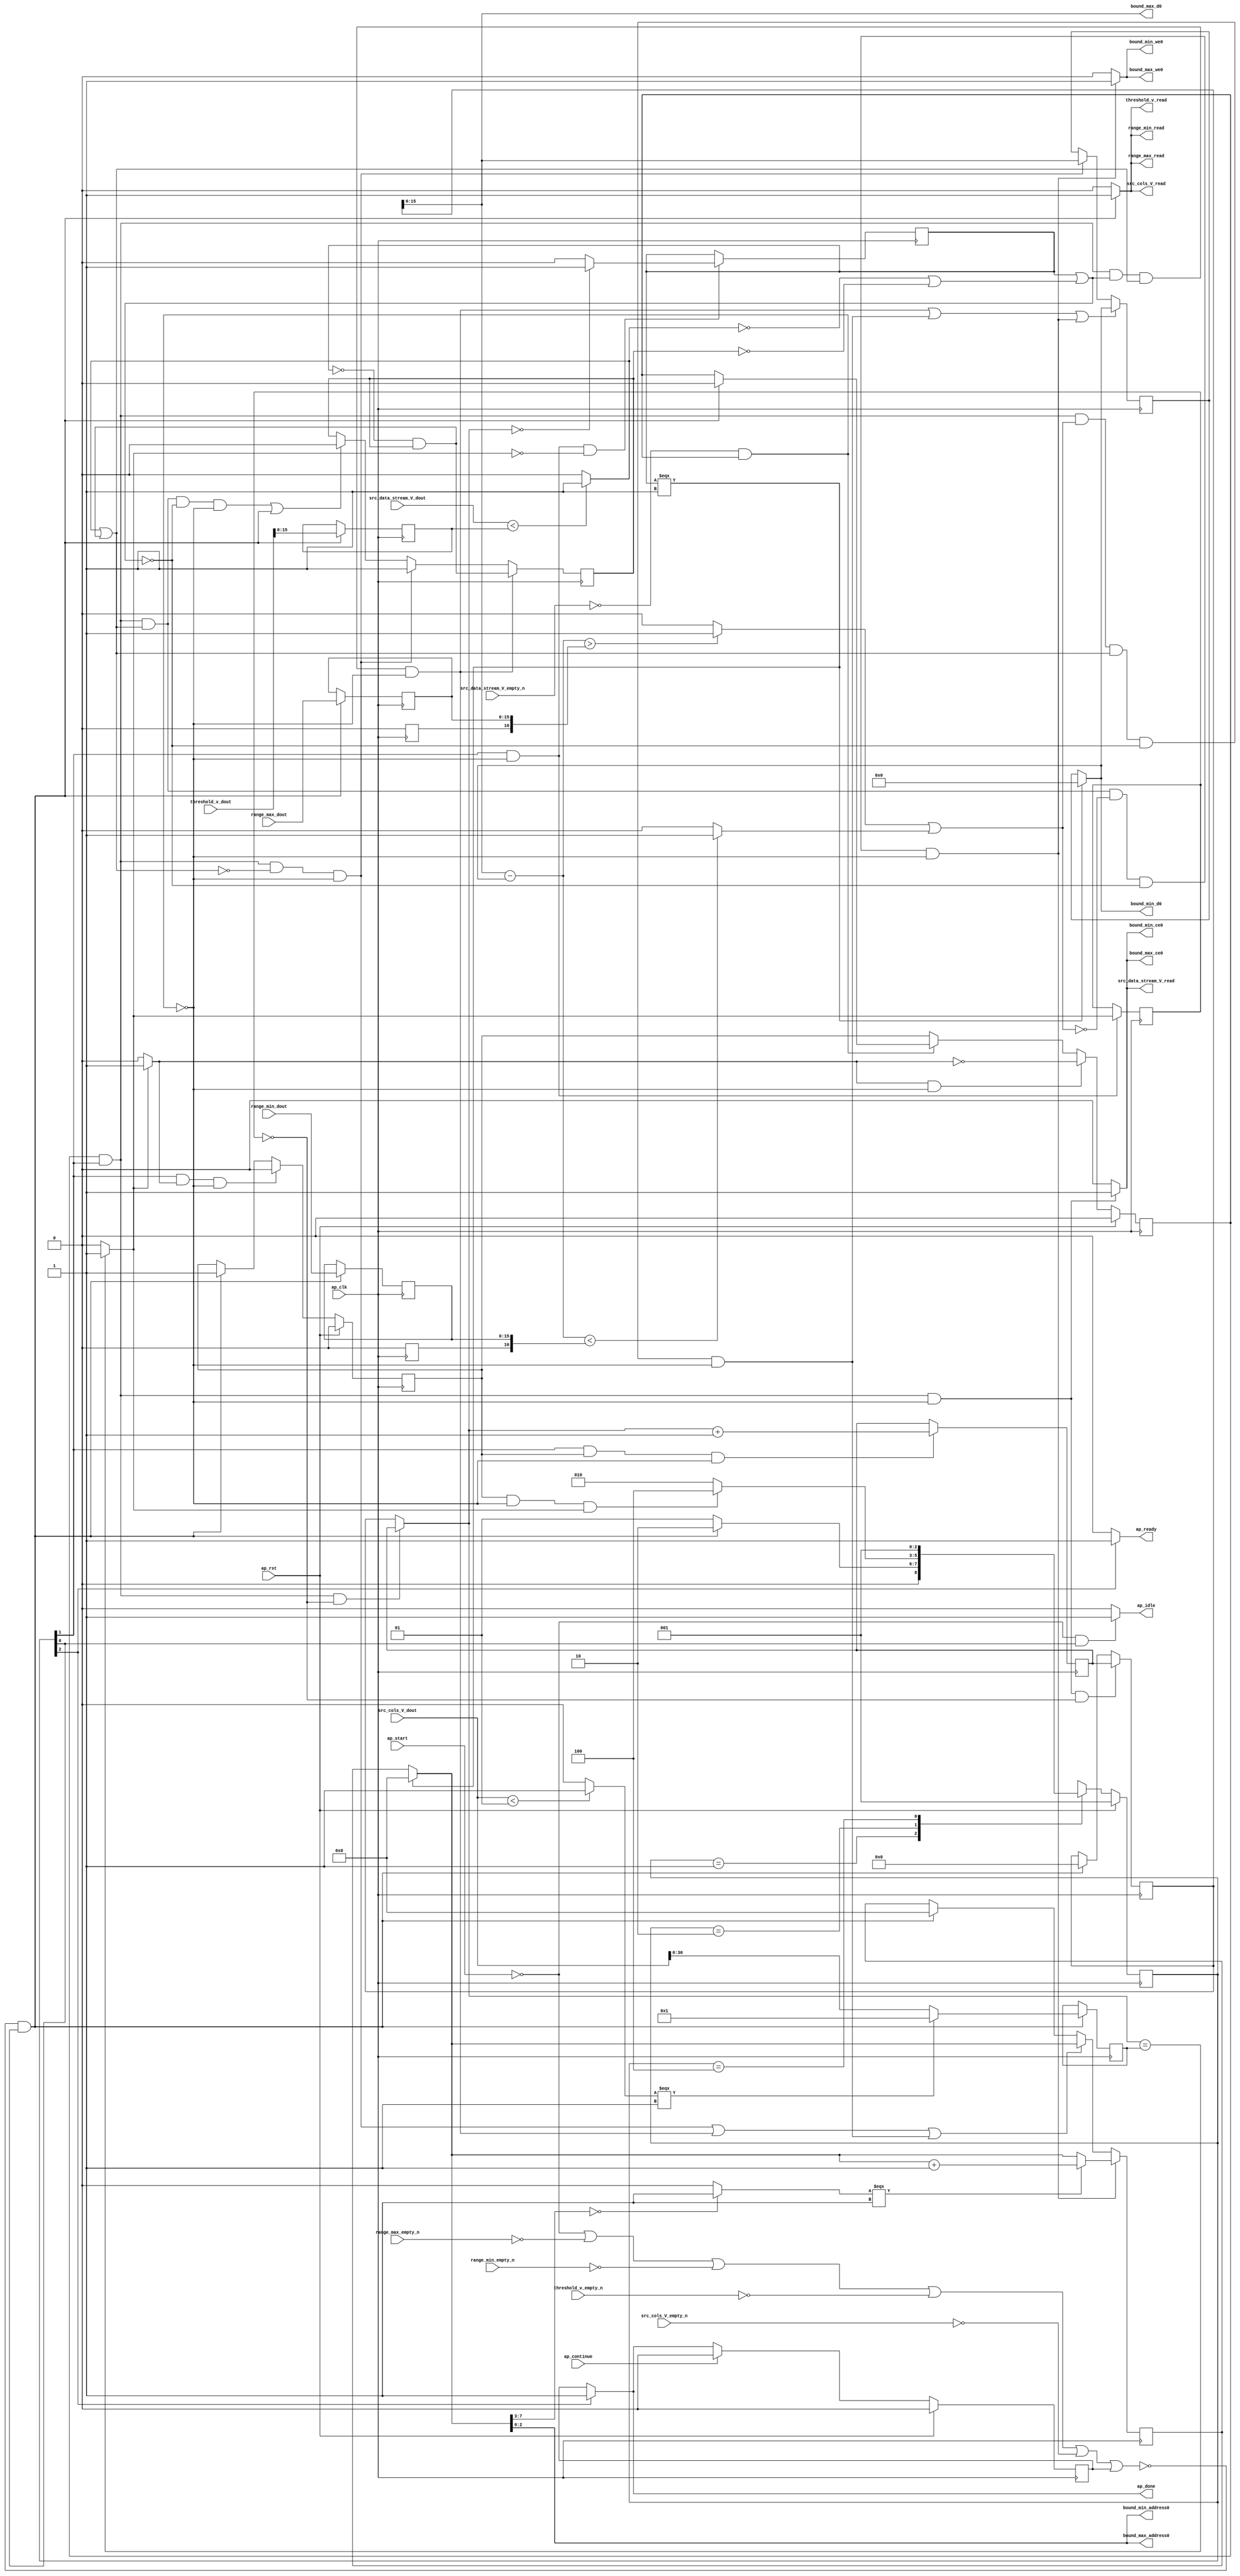
// ==============================================================
// RTL generated by Vivado(TM) HLS - High-Level Synthesis from C, C++ and SystemC
// Version: 2018.2
// Copyright (C) 1986-2018 Xilinx, Inc. All Rights Reserved.
// 
// ===========================================================

`timescale 1 ns / 1 ps 

module find_boundary (
        ap_clk,
        ap_rst,
        ap_start,
        ap_done,
        ap_continue,
        ap_idle,
        ap_ready,
        src_cols_V_dout,
        src_cols_V_empty_n,
        src_cols_V_read,
        src_data_stream_V_dout,
        src_data_stream_V_empty_n,
        src_data_stream_V_read,
        threshold_v_dout,
        threshold_v_empty_n,
        threshold_v_read,
        bound_min_address0,
        bound_min_ce0,
        bound_min_we0,
        bound_min_d0,
        bound_max_address0,
        bound_max_ce0,
        bound_max_we0,
        bound_max_d0,
        range_min_dout,
        range_min_empty_n,
        range_min_read,
        range_max_dout,
        range_max_empty_n,
        range_max_read
);

parameter    ap_ST_fsm_state1 = 3'd1;
parameter    ap_ST_fsm_pp0_stage0 = 3'd2;
parameter    ap_ST_fsm_state4 = 3'd4;

input   ap_clk;
input   ap_rst;
input   ap_start;
output   ap_done;
input   ap_continue;
output   ap_idle;
output   ap_ready;
input  [31:0] src_cols_V_dout;
input   src_cols_V_empty_n;
output   src_cols_V_read;
input  [15:0] src_data_stream_V_dout;
input   src_data_stream_V_empty_n;
output   src_data_stream_V_read;
input  [31:0] threshold_v_dout;
input   threshold_v_empty_n;
output   threshold_v_read;
output  [2:0] bound_min_address0;
output   bound_min_ce0;
output   bound_min_we0;
output  [15:0] bound_min_d0;
output  [2:0] bound_max_address0;
output   bound_max_ce0;
output   bound_max_we0;
output  [15:0] bound_max_d0;
input  [15:0] range_min_dout;
input   range_min_empty_n;
output   range_min_read;
input  [15:0] range_max_dout;
input   range_max_empty_n;
output   range_max_read;

reg ap_done;
reg ap_idle;
reg ap_ready;
reg src_cols_V_read;
reg src_data_stream_V_read;
reg threshold_v_read;
reg bound_min_ce0;
reg bound_min_we0;
reg bound_max_ce0;
reg bound_max_we0;
reg range_min_read;
reg range_max_read;

reg    ap_done_reg;
(* fsm_encoding = "none" *) reg   [2:0] ap_CS_fsm;
wire    ap_CS_fsm_state1;
reg    src_cols_V_blk_n;
reg    src_data_stream_V_blk_n;
wire    ap_CS_fsm_pp0_stage0;
reg    ap_enable_reg_pp0_iter1;
wire    ap_block_pp0_stage0;
reg    threshold_v_blk_n;
reg    range_min_blk_n;
reg    range_max_blk_n;
reg   [30:0] i_i_i_reg_214;
wire   [15:0] p_threshold_fu_239_p1;
reg   [15:0] p_threshold_reg_485;
reg    ap_block_state1;
wire   [30:0] length_fu_253_p3;
reg   [30:0] length_reg_491;
wire   [16:0] tmp_9_cast_i_i_fu_261_p1;
reg   [16:0] tmp_9_cast_i_i_reg_496;
wire   [16:0] tmp_cast_i_i_fu_265_p1;
reg   [16:0] tmp_cast_i_i_reg_501;
wire   [0:0] exitcond_fu_274_p2;
reg   [0:0] exitcond_reg_506;
wire    ap_block_state2_pp0_stage0_iter0;
reg    ap_block_state3_pp0_stage0_iter1;
reg    ap_block_pp0_stage0_11001;
wire   [30:0] i_fu_279_p2;
reg   [30:0] i_reg_510;
reg    ap_enable_reg_pp0_iter0;
wire   [0:0] tmp_3_i_i_fu_285_p2;
reg   [0:0] tmp_3_i_i_reg_515;
reg    ap_block_pp0_stage0_subdone;
reg    ap_condition_pp0_exit_iter0_state2;
reg   [30:0] ap_phi_mux_i_i_i_phi_fu_218_p4;
wire   [63:0] tmp_13_i_i_fu_416_p1;
wire   [0:0] or_cond5_i_i_fu_333_p2;
wire   [0:0] brmerge_i_i_fu_376_p2;
wire   [0:0] or_cond_i_i_fu_410_p2;
reg   [7:0] character_num_1_fu_146;
wire   [7:0] p_character_num_i_i_fu_320_p3;
wire   [7:0] character_num_fu_444_p3;
reg   [15:0] bound_min_temp_fu_150;
wire   [15:0] bound_min_temp_1_fu_339_p1;
wire   [15:0] p_bound_min_temp_i_i_fu_311_p3;
reg   [0:0] inBlock_i_i_fu_154;
wire   [0:0] p_inBlock_i_i_fu_305_p2;
wire   [15:0] bound_max_temp_fu_381_p1;
wire   [0:0] tmp_i_i_fu_247_p2;
wire   [30:0] tmp_1_fu_243_p1;
wire   [0:0] not_i_i_fu_300_p2;
wire   [0:0] tmp_4_i_i_fu_328_p2;
wire   [0:0] ult_fu_353_p2;
wire   [0:0] rev_fu_358_p2;
wire   [0:0] inBlock_0_not_i_i_fu_364_p2;
wire   [0:0] tmp1_fu_370_p2;
wire   [16:0] tmp_5_cast_i_i_fu_386_p1;
wire   [16:0] tmp_6_cast_i_i_fu_390_p1;
wire   [16:0] tmp_10_i_i_fu_394_p2;
wire   [0:0] tmp_11_i_i_fu_400_p2;
wire   [0:0] tmp_12_i_i_fu_405_p2;
wire   [4:0] tmp_4_fu_422_p4;
wire   [0:0] icmp_fu_432_p2;
wire   [7:0] tmp_15_i_i_fu_438_p2;
wire    ap_CS_fsm_state4;
reg   [2:0] ap_NS_fsm;
reg    ap_idle_pp0;
wire    ap_enable_pp0;

// power-on initialization
initial begin
#0 ap_done_reg = 1'b0;
#0 ap_CS_fsm = 3'd1;
#0 ap_enable_reg_pp0_iter1 = 1'b0;
#0 ap_enable_reg_pp0_iter0 = 1'b0;
end

always @ (posedge ap_clk) begin
    if (ap_rst == 1'b1) begin
        ap_CS_fsm <= ap_ST_fsm_state1;
    end else begin
        ap_CS_fsm <= ap_NS_fsm;
    end
end

always @ (posedge ap_clk) begin
    if (ap_rst == 1'b1) begin
        ap_done_reg <= 1'b0;
    end else begin
        if ((ap_continue == 1'b1)) begin
            ap_done_reg <= 1'b0;
        end else if ((1'b1 == ap_CS_fsm_state4)) begin
            ap_done_reg <= 1'b1;
        end
    end
end

always @ (posedge ap_clk) begin
    if (ap_rst == 1'b1) begin
        ap_enable_reg_pp0_iter0 <= 1'b0;
    end else begin
        if (((1'b1 == ap_CS_fsm_pp0_stage0) & (1'b1 == ap_condition_pp0_exit_iter0_state2) & (1'b0 == ap_block_pp0_stage0_subdone))) begin
            ap_enable_reg_pp0_iter0 <= 1'b0;
        end else if ((~((ap_start == 1'b0) | (range_max_empty_n == 1'b0) | (range_min_empty_n == 1'b0) | (threshold_v_empty_n == 1'b0) | (src_cols_V_empty_n == 1'b0) | (ap_done_reg == 1'b1)) & (1'b1 == ap_CS_fsm_state1))) begin
            ap_enable_reg_pp0_iter0 <= 1'b1;
        end
    end
end

always @ (posedge ap_clk) begin
    if (ap_rst == 1'b1) begin
        ap_enable_reg_pp0_iter1 <= 1'b0;
    end else begin
        if (((1'b1 == ap_condition_pp0_exit_iter0_state2) & (1'b0 == ap_block_pp0_stage0_subdone))) begin
            ap_enable_reg_pp0_iter1 <= (1'b1 ^ ap_condition_pp0_exit_iter0_state2);
        end else if ((1'b0 == ap_block_pp0_stage0_subdone)) begin
            ap_enable_reg_pp0_iter1 <= ap_enable_reg_pp0_iter0;
        end else if ((~((ap_start == 1'b0) | (range_max_empty_n == 1'b0) | (range_min_empty_n == 1'b0) | (threshold_v_empty_n == 1'b0) | (src_cols_V_empty_n == 1'b0) | (ap_done_reg == 1'b1)) & (1'b1 == ap_CS_fsm_state1))) begin
            ap_enable_reg_pp0_iter1 <= 1'b0;
        end
    end
end

always @ (posedge ap_clk) begin
    if ((((ap_enable_reg_pp0_iter1 == 1'b1) & (1'b1 == ap_CS_fsm_pp0_stage0) & (brmerge_i_i_fu_376_p2 == 1'd1) & (or_cond5_i_i_fu_333_p2 == 1'd1) & (1'b0 == ap_block_pp0_stage0_11001)) | ((ap_enable_reg_pp0_iter1 == 1'b1) & (1'b1 == ap_CS_fsm_pp0_stage0) & (or_cond_i_i_fu_410_p2 == 1'd1) & (or_cond5_i_i_fu_333_p2 == 1'd1) & (brmerge_i_i_fu_376_p2 == 1'd0) & (1'b0 == ap_block_pp0_stage0_11001)) | ((ap_enable_reg_pp0_iter1 == 1'b1) & (1'b1 == ap_CS_fsm_pp0_stage0) & (or_cond5_i_i_fu_333_p2 == 1'd1) & (or_cond_i_i_fu_410_p2 == 1'd0) & (brmerge_i_i_fu_376_p2 == 1'd0) & (1'b0 == ap_block_pp0_stage0_11001)))) begin
        bound_min_temp_fu_150 <= p_bound_min_temp_i_i_fu_311_p3;
    end else if (((ap_enable_reg_pp0_iter1 == 1'b1) & (1'b1 == ap_CS_fsm_pp0_stage0) & (or_cond5_i_i_fu_333_p2 == 1'd0) & (1'b0 == ap_block_pp0_stage0_11001))) begin
        bound_min_temp_fu_150 <= bound_min_temp_1_fu_339_p1;
    end
end

always @ (posedge ap_clk) begin
    if (((ap_enable_reg_pp0_iter1 == 1'b1) & (1'b1 == ap_CS_fsm_pp0_stage0) & (or_cond5_i_i_fu_333_p2 == 1'd1) & (or_cond_i_i_fu_410_p2 == 1'd0) & (brmerge_i_i_fu_376_p2 == 1'd0) & (1'b0 == ap_block_pp0_stage0_11001))) begin
        character_num_1_fu_146 <= character_num_fu_444_p3;
    end else if ((((ap_enable_reg_pp0_iter1 == 1'b1) & (1'b1 == ap_CS_fsm_pp0_stage0) & (or_cond5_i_i_fu_333_p2 == 1'd0) & (1'b0 == ap_block_pp0_stage0_11001)) | ((ap_enable_reg_pp0_iter1 == 1'b1) & (1'b1 == ap_CS_fsm_pp0_stage0) & (brmerge_i_i_fu_376_p2 == 1'd1) & (or_cond5_i_i_fu_333_p2 == 1'd1) & (1'b0 == ap_block_pp0_stage0_11001)) | ((ap_enable_reg_pp0_iter1 == 1'b1) & (1'b1 == ap_CS_fsm_pp0_stage0) & (or_cond_i_i_fu_410_p2 == 1'd1) & (or_cond5_i_i_fu_333_p2 == 1'd1) & (brmerge_i_i_fu_376_p2 == 1'd0) & (1'b0 == ap_block_pp0_stage0_11001)))) begin
        character_num_1_fu_146 <= p_character_num_i_i_fu_320_p3;
    end else if ((~((ap_start == 1'b0) | (range_max_empty_n == 1'b0) | (range_min_empty_n == 1'b0) | (threshold_v_empty_n == 1'b0) | (src_cols_V_empty_n == 1'b0) | (ap_done_reg == 1'b1)) & (1'b1 == ap_CS_fsm_state1))) begin
        character_num_1_fu_146 <= 8'd0;
    end
end

always @ (posedge ap_clk) begin
    if (((ap_enable_reg_pp0_iter1 == 1'b1) & (1'b1 == ap_CS_fsm_pp0_stage0) & (1'b0 == ap_block_pp0_stage0_11001) & (exitcond_reg_506 == 1'd0))) begin
        i_i_i_reg_214 <= i_reg_510;
    end else if ((~((ap_start == 1'b0) | (range_max_empty_n == 1'b0) | (range_min_empty_n == 1'b0) | (threshold_v_empty_n == 1'b0) | (src_cols_V_empty_n == 1'b0) | (ap_done_reg == 1'b1)) & (1'b1 == ap_CS_fsm_state1))) begin
        i_i_i_reg_214 <= 31'd0;
    end
end

always @ (posedge ap_clk) begin
    if (((ap_enable_reg_pp0_iter1 == 1'b1) & (1'b1 == ap_CS_fsm_pp0_stage0) & (brmerge_i_i_fu_376_p2 == 1'd1) & (or_cond5_i_i_fu_333_p2 == 1'd1) & (1'b0 == ap_block_pp0_stage0_11001))) begin
        inBlock_i_i_fu_154 <= p_inBlock_i_i_fu_305_p2;
    end else if (((ap_enable_reg_pp0_iter1 == 1'b1) & (1'b1 == ap_CS_fsm_pp0_stage0) & (or_cond5_i_i_fu_333_p2 == 1'd0) & (1'b0 == ap_block_pp0_stage0_11001))) begin
        inBlock_i_i_fu_154 <= 1'd1;
    end else if ((((ap_enable_reg_pp0_iter1 == 1'b1) & (1'b1 == ap_CS_fsm_pp0_stage0) & (or_cond5_i_i_fu_333_p2 == 1'd1) & (brmerge_i_i_fu_376_p2 == 1'd0) & (1'b0 == ap_block_pp0_stage0_11001)) | (~((ap_start == 1'b0) | (range_max_empty_n == 1'b0) | (range_min_empty_n == 1'b0) | (threshold_v_empty_n == 1'b0) | (src_cols_V_empty_n == 1'b0) | (ap_done_reg == 1'b1)) & (1'b1 == ap_CS_fsm_state1)))) begin
        inBlock_i_i_fu_154 <= 1'd0;
    end
end

always @ (posedge ap_clk) begin
    if (((1'b1 == ap_CS_fsm_pp0_stage0) & (1'b0 == ap_block_pp0_stage0_11001))) begin
        exitcond_reg_506 <= exitcond_fu_274_p2;
    end
end

always @ (posedge ap_clk) begin
    if (((1'b1 == ap_CS_fsm_pp0_stage0) & (ap_enable_reg_pp0_iter0 == 1'b1) & (1'b0 == ap_block_pp0_stage0_11001))) begin
        i_reg_510 <= i_fu_279_p2;
    end
end

always @ (posedge ap_clk) begin
    if ((~((ap_start == 1'b0) | (range_max_empty_n == 1'b0) | (range_min_empty_n == 1'b0) | (threshold_v_empty_n == 1'b0) | (src_cols_V_empty_n == 1'b0) | (ap_done_reg == 1'b1)) & (1'b1 == ap_CS_fsm_state1))) begin
        length_reg_491 <= length_fu_253_p3;
        p_threshold_reg_485 <= p_threshold_fu_239_p1;
        tmp_9_cast_i_i_reg_496[15 : 0] <= tmp_9_cast_i_i_fu_261_p1[15 : 0];
        tmp_cast_i_i_reg_501[15 : 0] <= tmp_cast_i_i_fu_265_p1[15 : 0];
    end
end

always @ (posedge ap_clk) begin
    if (((1'b1 == ap_CS_fsm_pp0_stage0) & (1'b0 == ap_block_pp0_stage0_11001) & (exitcond_fu_274_p2 == 1'd0))) begin
        tmp_3_i_i_reg_515 <= tmp_3_i_i_fu_285_p2;
    end
end

always @ (*) begin
    if ((exitcond_fu_274_p2 == 1'd1)) begin
        ap_condition_pp0_exit_iter0_state2 = 1'b1;
    end else begin
        ap_condition_pp0_exit_iter0_state2 = 1'b0;
    end
end

always @ (*) begin
    if ((1'b1 == ap_CS_fsm_state4)) begin
        ap_done = 1'b1;
    end else begin
        ap_done = ap_done_reg;
    end
end

always @ (*) begin
    if (((ap_start == 1'b0) & (1'b1 == ap_CS_fsm_state1))) begin
        ap_idle = 1'b1;
    end else begin
        ap_idle = 1'b0;
    end
end

always @ (*) begin
    if (((ap_enable_reg_pp0_iter1 == 1'b0) & (ap_enable_reg_pp0_iter0 == 1'b0))) begin
        ap_idle_pp0 = 1'b1;
    end else begin
        ap_idle_pp0 = 1'b0;
    end
end

always @ (*) begin
    if (((1'b0 == ap_block_pp0_stage0) & (ap_enable_reg_pp0_iter1 == 1'b1) & (1'b1 == ap_CS_fsm_pp0_stage0) & (exitcond_reg_506 == 1'd0))) begin
        ap_phi_mux_i_i_i_phi_fu_218_p4 = i_reg_510;
    end else begin
        ap_phi_mux_i_i_i_phi_fu_218_p4 = i_i_i_reg_214;
    end
end

always @ (*) begin
    if ((1'b1 == ap_CS_fsm_state4)) begin
        ap_ready = 1'b1;
    end else begin
        ap_ready = 1'b0;
    end
end

always @ (*) begin
    if (((ap_enable_reg_pp0_iter1 == 1'b1) & (1'b1 == ap_CS_fsm_pp0_stage0) & (1'b0 == ap_block_pp0_stage0_11001))) begin
        bound_max_ce0 = 1'b1;
    end else begin
        bound_max_ce0 = 1'b0;
    end
end

always @ (*) begin
    if (((ap_enable_reg_pp0_iter1 == 1'b1) & (1'b1 == ap_CS_fsm_pp0_stage0) & (or_cond5_i_i_fu_333_p2 == 1'd1) & (or_cond_i_i_fu_410_p2 == 1'd0) & (brmerge_i_i_fu_376_p2 == 1'd0) & (1'b0 == ap_block_pp0_stage0_11001))) begin
        bound_max_we0 = 1'b1;
    end else begin
        bound_max_we0 = 1'b0;
    end
end

always @ (*) begin
    if (((ap_enable_reg_pp0_iter1 == 1'b1) & (1'b1 == ap_CS_fsm_pp0_stage0) & (1'b0 == ap_block_pp0_stage0_11001))) begin
        bound_min_ce0 = 1'b1;
    end else begin
        bound_min_ce0 = 1'b0;
    end
end

always @ (*) begin
    if (((ap_enable_reg_pp0_iter1 == 1'b1) & (1'b1 == ap_CS_fsm_pp0_stage0) & (or_cond5_i_i_fu_333_p2 == 1'd1) & (or_cond_i_i_fu_410_p2 == 1'd0) & (brmerge_i_i_fu_376_p2 == 1'd0) & (1'b0 == ap_block_pp0_stage0_11001))) begin
        bound_min_we0 = 1'b1;
    end else begin
        bound_min_we0 = 1'b0;
    end
end

always @ (*) begin
    if ((~((ap_start == 1'b0) | (ap_done_reg == 1'b1)) & (1'b1 == ap_CS_fsm_state1))) begin
        range_max_blk_n = range_max_empty_n;
    end else begin
        range_max_blk_n = 1'b1;
    end
end

always @ (*) begin
    if ((~((ap_start == 1'b0) | (range_max_empty_n == 1'b0) | (range_min_empty_n == 1'b0) | (threshold_v_empty_n == 1'b0) | (src_cols_V_empty_n == 1'b0) | (ap_done_reg == 1'b1)) & (1'b1 == ap_CS_fsm_state1))) begin
        range_max_read = 1'b1;
    end else begin
        range_max_read = 1'b0;
    end
end

always @ (*) begin
    if ((~((ap_start == 1'b0) | (ap_done_reg == 1'b1)) & (1'b1 == ap_CS_fsm_state1))) begin
        range_min_blk_n = range_min_empty_n;
    end else begin
        range_min_blk_n = 1'b1;
    end
end

always @ (*) begin
    if ((~((ap_start == 1'b0) | (range_max_empty_n == 1'b0) | (range_min_empty_n == 1'b0) | (threshold_v_empty_n == 1'b0) | (src_cols_V_empty_n == 1'b0) | (ap_done_reg == 1'b1)) & (1'b1 == ap_CS_fsm_state1))) begin
        range_min_read = 1'b1;
    end else begin
        range_min_read = 1'b0;
    end
end

always @ (*) begin
    if ((~((ap_start == 1'b0) | (ap_done_reg == 1'b1)) & (1'b1 == ap_CS_fsm_state1))) begin
        src_cols_V_blk_n = src_cols_V_empty_n;
    end else begin
        src_cols_V_blk_n = 1'b1;
    end
end

always @ (*) begin
    if ((~((ap_start == 1'b0) | (range_max_empty_n == 1'b0) | (range_min_empty_n == 1'b0) | (threshold_v_empty_n == 1'b0) | (src_cols_V_empty_n == 1'b0) | (ap_done_reg == 1'b1)) & (1'b1 == ap_CS_fsm_state1))) begin
        src_cols_V_read = 1'b1;
    end else begin
        src_cols_V_read = 1'b0;
    end
end

always @ (*) begin
    if (((1'b0 == ap_block_pp0_stage0) & (ap_enable_reg_pp0_iter1 == 1'b1) & (1'b1 == ap_CS_fsm_pp0_stage0))) begin
        src_data_stream_V_blk_n = src_data_stream_V_empty_n;
    end else begin
        src_data_stream_V_blk_n = 1'b1;
    end
end

always @ (*) begin
    if (((ap_enable_reg_pp0_iter1 == 1'b1) & (1'b1 == ap_CS_fsm_pp0_stage0) & (1'b0 == ap_block_pp0_stage0_11001))) begin
        src_data_stream_V_read = 1'b1;
    end else begin
        src_data_stream_V_read = 1'b0;
    end
end

always @ (*) begin
    if ((~((ap_start == 1'b0) | (ap_done_reg == 1'b1)) & (1'b1 == ap_CS_fsm_state1))) begin
        threshold_v_blk_n = threshold_v_empty_n;
    end else begin
        threshold_v_blk_n = 1'b1;
    end
end

always @ (*) begin
    if ((~((ap_start == 1'b0) | (range_max_empty_n == 1'b0) | (range_min_empty_n == 1'b0) | (threshold_v_empty_n == 1'b0) | (src_cols_V_empty_n == 1'b0) | (ap_done_reg == 1'b1)) & (1'b1 == ap_CS_fsm_state1))) begin
        threshold_v_read = 1'b1;
    end else begin
        threshold_v_read = 1'b0;
    end
end

always @ (*) begin
    case (ap_CS_fsm)
        ap_ST_fsm_state1 : begin
            if ((~((ap_start == 1'b0) | (range_max_empty_n == 1'b0) | (range_min_empty_n == 1'b0) | (threshold_v_empty_n == 1'b0) | (src_cols_V_empty_n == 1'b0) | (ap_done_reg == 1'b1)) & (1'b1 == ap_CS_fsm_state1))) begin
                ap_NS_fsm = ap_ST_fsm_pp0_stage0;
            end else begin
                ap_NS_fsm = ap_ST_fsm_state1;
            end
        end
        ap_ST_fsm_pp0_stage0 : begin
            if (~((ap_enable_reg_pp0_iter0 == 1'b1) & (1'b0 == ap_block_pp0_stage0_subdone) & (exitcond_fu_274_p2 == 1'd1))) begin
                ap_NS_fsm = ap_ST_fsm_pp0_stage0;
            end else if (((ap_enable_reg_pp0_iter0 == 1'b1) & (1'b0 == ap_block_pp0_stage0_subdone) & (exitcond_fu_274_p2 == 1'd1))) begin
                ap_NS_fsm = ap_ST_fsm_state4;
            end else begin
                ap_NS_fsm = ap_ST_fsm_pp0_stage0;
            end
        end
        ap_ST_fsm_state4 : begin
            ap_NS_fsm = ap_ST_fsm_state1;
        end
        default : begin
            ap_NS_fsm = 'bx;
        end
    endcase
end

assign ap_CS_fsm_pp0_stage0 = ap_CS_fsm[32'd1];

assign ap_CS_fsm_state1 = ap_CS_fsm[32'd0];

assign ap_CS_fsm_state4 = ap_CS_fsm[32'd2];

assign ap_block_pp0_stage0 = ~(1'b1 == 1'b1);

always @ (*) begin
    ap_block_pp0_stage0_11001 = ((src_data_stream_V_empty_n == 1'b0) & (ap_enable_reg_pp0_iter1 == 1'b1));
end

always @ (*) begin
    ap_block_pp0_stage0_subdone = ((src_data_stream_V_empty_n == 1'b0) & (ap_enable_reg_pp0_iter1 == 1'b1));
end

always @ (*) begin
    ap_block_state1 = ((ap_start == 1'b0) | (range_max_empty_n == 1'b0) | (range_min_empty_n == 1'b0) | (threshold_v_empty_n == 1'b0) | (src_cols_V_empty_n == 1'b0) | (ap_done_reg == 1'b1));
end

assign ap_block_state2_pp0_stage0_iter0 = ~(1'b1 == 1'b1);

always @ (*) begin
    ap_block_state3_pp0_stage0_iter1 = (src_data_stream_V_empty_n == 1'b0);
end

assign ap_enable_pp0 = (ap_idle_pp0 ^ 1'b1);

assign bound_max_address0 = tmp_13_i_i_fu_416_p1;

assign bound_max_d0 = bound_max_temp_fu_381_p1;

assign bound_max_temp_fu_381_p1 = i_i_i_reg_214[15:0];

assign bound_min_address0 = tmp_13_i_i_fu_416_p1;

assign bound_min_d0 = p_bound_min_temp_i_i_fu_311_p3;

assign bound_min_temp_1_fu_339_p1 = i_i_i_reg_214[15:0];

assign brmerge_i_i_fu_376_p2 = (tmp_3_i_i_reg_515 | tmp1_fu_370_p2);

assign character_num_fu_444_p3 = ((icmp_fu_432_p2[0:0] === 1'b1) ? tmp_15_i_i_fu_438_p2 : p_character_num_i_i_fu_320_p3);

assign exitcond_fu_274_p2 = ((ap_phi_mux_i_i_i_phi_fu_218_p4 == length_reg_491) ? 1'b1 : 1'b0);

assign i_fu_279_p2 = (ap_phi_mux_i_i_i_phi_fu_218_p4 + 31'd1);

assign icmp_fu_432_p2 = ((tmp_4_fu_422_p4 == 5'd0) ? 1'b1 : 1'b0);

assign inBlock_0_not_i_i_fu_364_p2 = (inBlock_i_i_fu_154 ^ 1'd1);

assign length_fu_253_p3 = ((tmp_i_i_fu_247_p2[0:0] === 1'b1) ? 31'd1 : tmp_1_fu_243_p1);

assign not_i_i_fu_300_p2 = (tmp_3_i_i_reg_515 ^ 1'd1);

assign or_cond5_i_i_fu_333_p2 = (tmp_4_i_i_fu_328_p2 | p_inBlock_i_i_fu_305_p2);

assign or_cond_i_i_fu_410_p2 = (tmp_12_i_i_fu_405_p2 | tmp_11_i_i_fu_400_p2);

assign p_bound_min_temp_i_i_fu_311_p3 = ((tmp_3_i_i_reg_515[0:0] === 1'b1) ? 16'd0 : bound_min_temp_fu_150);

assign p_character_num_i_i_fu_320_p3 = ((tmp_3_i_i_reg_515[0:0] === 1'b1) ? 8'd0 : character_num_1_fu_146);

assign p_inBlock_i_i_fu_305_p2 = (not_i_i_fu_300_p2 & inBlock_i_i_fu_154);

assign p_threshold_fu_239_p1 = threshold_v_dout[15:0];

assign rev_fu_358_p2 = (ult_fu_353_p2 ^ 1'd1);

assign tmp1_fu_370_p2 = (rev_fu_358_p2 | inBlock_0_not_i_i_fu_364_p2);

assign tmp_10_i_i_fu_394_p2 = (tmp_5_cast_i_i_fu_386_p1 - tmp_6_cast_i_i_fu_390_p1);

assign tmp_11_i_i_fu_400_p2 = (($signed(tmp_10_i_i_fu_394_p2) < $signed(tmp_9_cast_i_i_reg_496)) ? 1'b1 : 1'b0);

assign tmp_12_i_i_fu_405_p2 = (($signed(tmp_10_i_i_fu_394_p2) > $signed(tmp_cast_i_i_reg_501)) ? 1'b1 : 1'b0);

assign tmp_13_i_i_fu_416_p1 = p_character_num_i_i_fu_320_p3;

assign tmp_15_i_i_fu_438_p2 = (p_character_num_i_i_fu_320_p3 + 8'd1);

assign tmp_1_fu_243_p1 = src_cols_V_dout[30:0];

assign tmp_3_i_i_fu_285_p2 = ((ap_phi_mux_i_i_i_phi_fu_218_p4 == 31'd0) ? 1'b1 : 1'b0);

assign tmp_4_fu_422_p4 = {{p_character_num_i_i_fu_320_p3[7:3]}};

assign tmp_4_i_i_fu_328_p2 = ((src_data_stream_V_dout < p_threshold_reg_485) ? 1'b1 : 1'b0);

assign tmp_5_cast_i_i_fu_386_p1 = bound_max_temp_fu_381_p1;

assign tmp_6_cast_i_i_fu_390_p1 = p_bound_min_temp_i_i_fu_311_p3;

assign tmp_9_cast_i_i_fu_261_p1 = range_min_dout;

assign tmp_cast_i_i_fu_265_p1 = range_max_dout;

assign tmp_i_i_fu_247_p2 = (($signed(src_cols_V_dout) < $signed(32'd1)) ? 1'b1 : 1'b0);

assign ult_fu_353_p2 = ((src_data_stream_V_dout < p_threshold_reg_485) ? 1'b1 : 1'b0);

always @ (posedge ap_clk) begin
    tmp_9_cast_i_i_reg_496[16] <= 1'b0;
    tmp_cast_i_i_reg_501[16] <= 1'b0;
end

endmodule //find_boundary